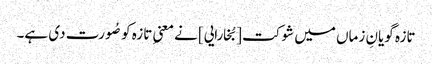
تازہ گویانِ زماں میں شوکت [بُخارایی] نے معنیِ تازہ کو صُورت دی ہے۔